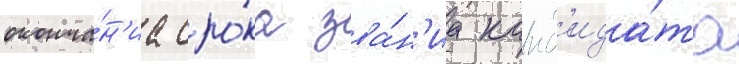
оконча́н'иа сро́ка зва́н'иа канд'ида́та